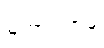
မဟာရဟမှိ